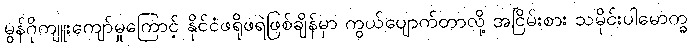
မွန်ဂိုကျူးကျော်မှုကြောင့် နိုင်ငံဖရိုဖရဲဖြစ်ချိန်မှာ ကွယ်ပျောက်တာလို့ အငြိမ်းစား သမိုင်းပါမောက္ခ